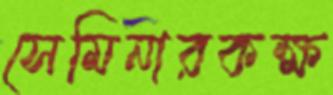
সেমিনারকক্ষ